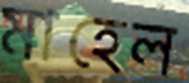
মাহেল